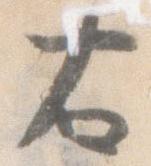
右